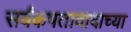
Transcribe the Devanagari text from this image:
सर्वंकषतावादाच्या